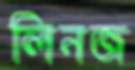
লিনজ